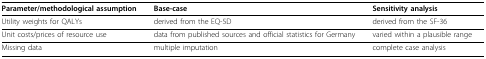
| Parameter/methodological assumption | Base-case | Sensitivity analysis |
 | --- | --- | --- |
 | Utility weights for QALYs | derived from the EQ-5D | derived from the SF-36 |
 | Unit costs/prices of resource use | data from published sources and official statistics for Germany | varied within a plausible range |
 | Missing data | multiple imputation | complete case analysis |